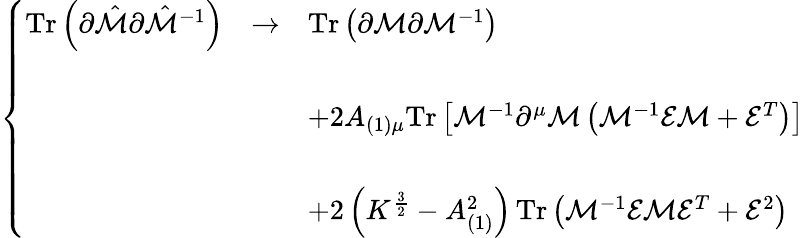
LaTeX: \left\{ \begin{array}{rcl}{{\mathrm{Tr}\left(\partial\hat{\cal M}\partial\hat{\cal M}^{-1}\right)}}&{{\rightarrow}}&{{\mathrm{Tr}\left(\partial{\cal M}\partial{\cal M}^{-1}\right)}}\\ {{}}&{{}}&{{}}\\ {{}}&{{}}&{{+2A_{(1)\mu}\mathrm{Tr}\left[{\cal M}^{-1}\partial^{\mu}{\cal M}\left({\cal M}^{-1}{\cal E}{\cal M}+{\cal E}^{T}\right)\right]}}\\ {{}}&{{}}&{{}}\\ {{}}&{{}}&{{+2\left(K^{\frac{3}{2}}-A_{(1)}^{2}\right)\, \mathrm{Tr}\left({\cal M}^{-1}{\cal E}{\cal M}{\cal E}^{T}+{\cal E}^{2}\right)}}\end{array}\right.